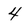
Character: 4